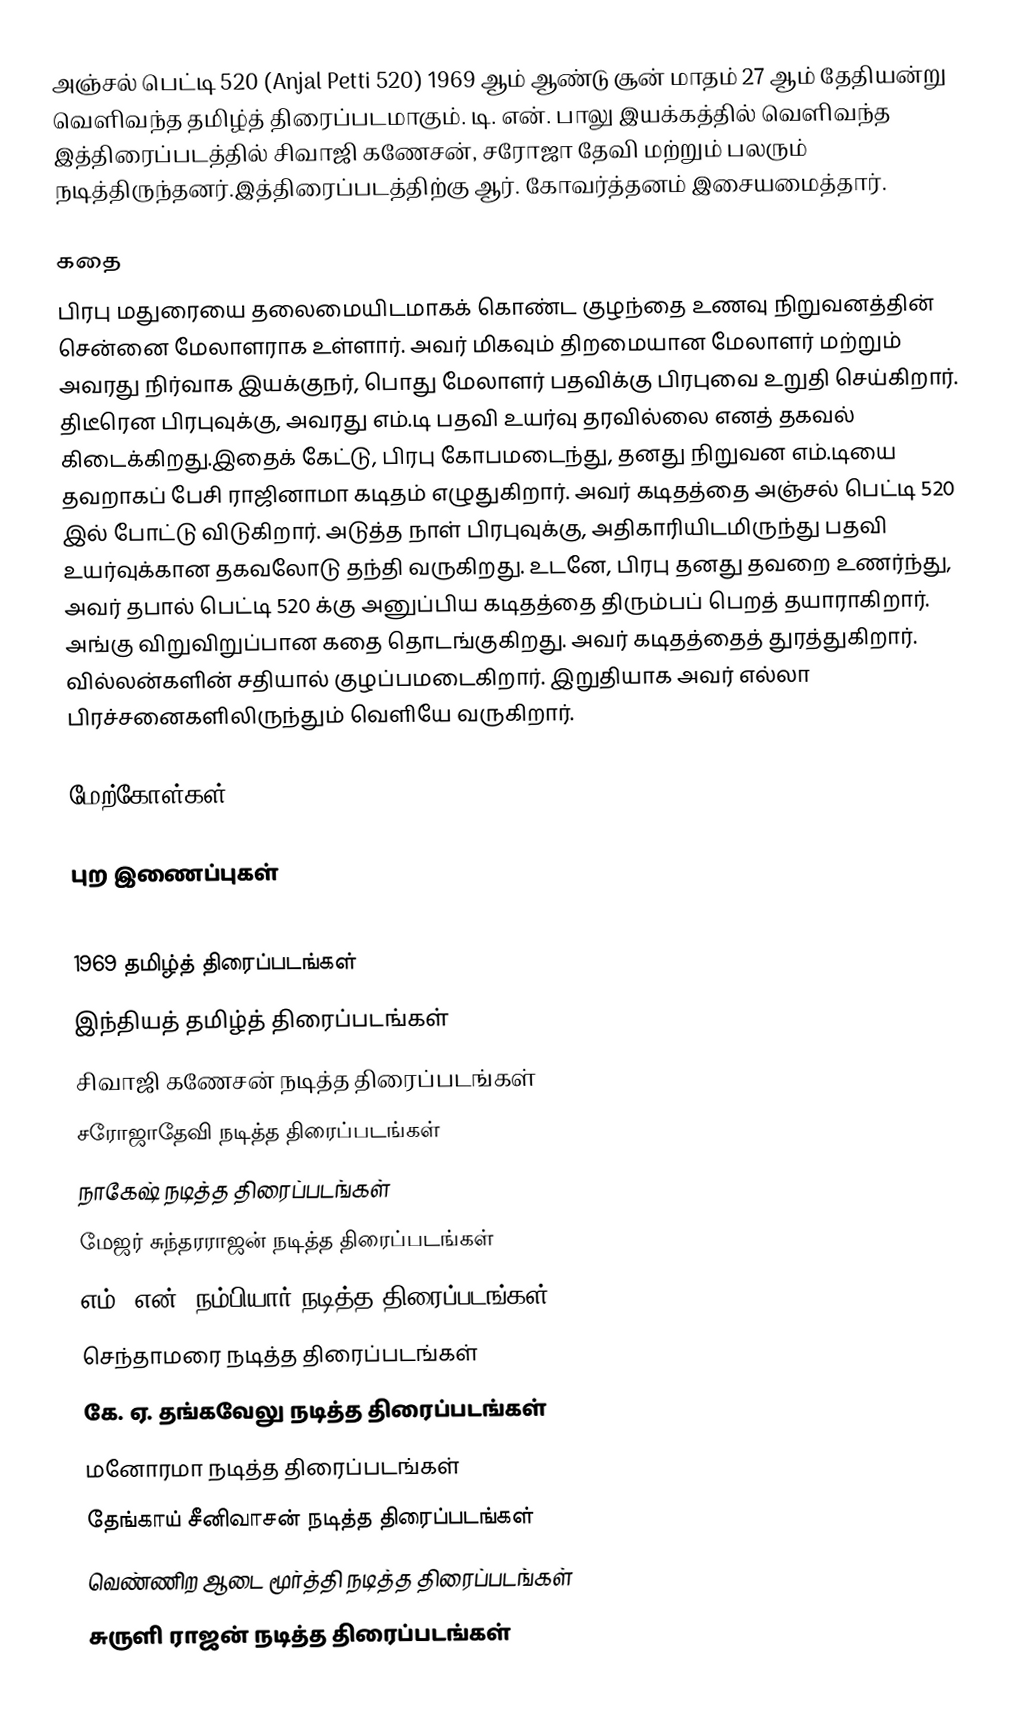
அஞ்சல் பெட்டி 520 (Anjal Petti 520) 1969 ஆம் ஆண்டு சூன் மாதம் 27 ஆம் தேதியன்று வெளிவந்த தமிழ்த் திரைப்படமாகும். டி. என். பாலு இயக்கத்தில்  வெளிவந்த இத்திரைப்படத்தில் சிவாஜி கணேசன், சரோஜா தேவி மற்றும் பலரும் நடித்திருந்தனர்.இத்திரைப்படத்திற்கு ஆர். கோவர்த்தனம் இசையமைத்தார்.

கதை
பிரபு மதுரையை தலைமையிடமாகக் கொண்ட குழந்தை உணவு நிறுவனத்தின் சென்னை மேலாளராக உள்ளார். அவர் மிகவும் திறமையான மேலாளர் மற்றும் அவரது நிர்வாக இயக்குநர், பொது மேலாளர் பதவிக்கு பிரபுவை  உறுதி செய்கிறார். திடீரென பிரபுவுக்கு, அவரது எம்.டி பதவி உயர்வு தரவில்லை எனத் தகவல் கிடைக்கிறது.இதைக் கேட்டு, பிரபு கோபமடைந்து, தனது நிறுவன எம்.டியை தவறாகப் பேசி ராஜினாமா கடிதம் எழுதுகிறார். அவர் கடிதத்தை அஞ்சல் பெட்டி 520 இல் போட்டு விடுகிறார். அடுத்த நாள் பிரபுவுக்கு, அதிகாரியிடமிருந்து பதவி உயர்வுக்கான தகவலோடு தந்தி வருகிறது. உடனே, பிரபு தனது தவறை உணர்ந்து, அவர் தபால் பெட்டி 520 க்கு அனுப்பிய கடிதத்தை திரும்பப் பெறத் தயாராகிறார். அங்கு விறுவிறுப்பான கதை தொடங்குகிறது.  அவர் கடிதத்தைத் துரத்துகிறார்.  வில்லன்களின் சதியால்  குழப்பமடைகிறார். இறுதியாக அவர் எல்லா பிரச்சனைகளிலிருந்தும் வெளியே வருகிறார்.

மேற்கோள்கள்

புற இணைப்புகள்

1969 தமிழ்த் திரைப்படங்கள்
இந்தியத் தமிழ்த் திரைப்படங்கள்
சிவாஜி கணேசன் நடித்த திரைப்படங்கள்
சரோஜாதேவி நடித்த திரைப்படங்கள்
நாகேஷ் நடித்த திரைப்படங்கள்
மேஜர் சுந்தரராஜன் நடித்த திரைப்படங்கள்
எம். என். நம்பியார் நடித்த திரைப்படங்கள்
செந்தாமரை நடித்த திரைப்படங்கள்
கே. ஏ. தங்கவேலு நடித்த திரைப்படங்கள்
மனோரமா நடித்த திரைப்படங்கள்
தேங்காய் சீனிவாசன் நடித்த திரைப்படங்கள்
வெண்ணிற ஆடை மூர்த்தி நடித்த திரைப்படங்கள்
சுருளி ராஜன் நடித்த திரைப்படங்கள்